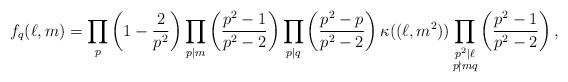
LaTeX: \begin{align*}f_q(\ell,m)=\prod_{p}\left(1-\frac{2}{p^2}\right)\prod_{p\mid m}\left(\frac{p^2-1}{p^2-2}\right)\prod_{p\mid q}\left(\frac{p^2-p}{p^2-2}\right)\kappa((\ell,m^2))\prod_{\substack{p^2\mid \ell\\p\nmid mq}}\left(\frac{p^2-1}{p^2-2}\right),\end{align*}